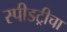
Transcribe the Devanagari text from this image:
स्पीडट्रीचा